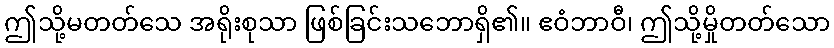
ဤသို့မတတ်သေ အရိုးစုသာ ဖြစ်ခြင်းသဘောရှိ၏။ ဧဝံဘာဝီ၊ ဤသို့မှိုတတ်သော